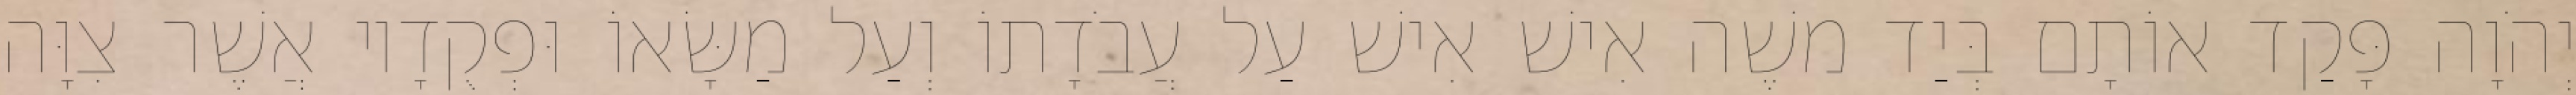
יְהֹוָה פָּקַד אוֹתָם בְּיַד משֶׁה אִישׁ אִישׁ עַל עֲבֹדָתוֹ וְעַל מַשָּׂאוֹ וּפְקֻדָיו אֲשֶׁר צִוָּה